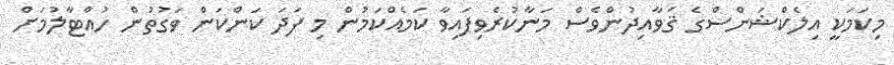
މިކަމަކީ އިލެކްޝަންސްގެ ޤަވާއިދުންވެސް މަނާކުރެވިފައިވާ ކަމެއްކަމުން މި ފަދަ ކަންކަން ވަގުތުން ހުއްޓާލުމަށް